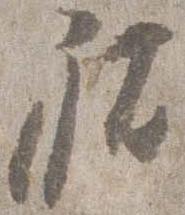
祐